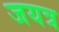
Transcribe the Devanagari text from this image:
जयत्र